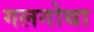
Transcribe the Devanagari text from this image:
गलगोथा